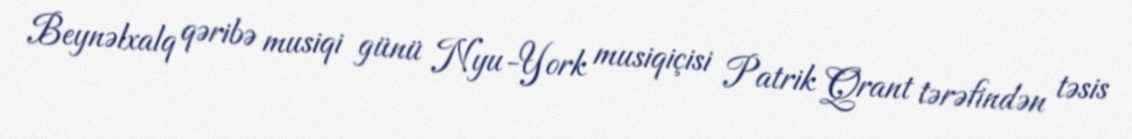
Beynəlxalq qəribə musiqi günü Nyu-York musiqiçisi Patrik Qrant tərəfindən təsis